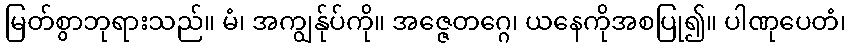
မြတ်စွာဘုရားသည်။ မံ၊ အကျွန်ုပ်ကို။ အဇ္ဇေတဂ္ဂေ၊ ယနေကိုအစပြု၍။ ပါဏုပေတံ၊